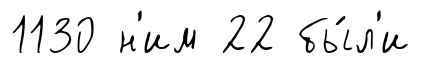
1130 н'им 22 бы́л'и